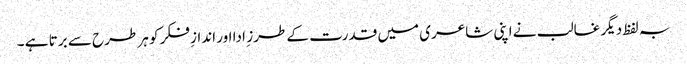
بہ لفظ دیگر غالب نے اپنی شاعری میں قدرت کے طرز ِ ادا اور اندازِ فکر کو ہر طرح سے برتا ہے ۔